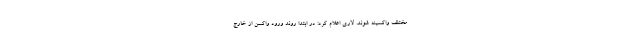
مختلف واکسینه شوند. لاری اعلام کرد: در ابتدا روند ورود واکسن از خارج